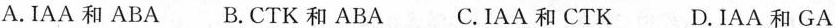
A.IAA和ABA B.CTK和ABA C.IAA和CTK D.IAA和GA